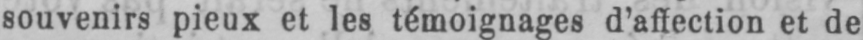
souvenirs pieux et les témoignages d’affection et de